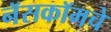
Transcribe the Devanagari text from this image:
नॅसकॉमचे